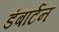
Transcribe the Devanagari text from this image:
डंबार्टन